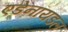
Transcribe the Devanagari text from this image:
एडेनॉयडल